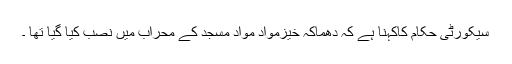
سیکورٹی حکام کاکہنا ہے کہ دھماکہ خیزمواد مواد مسجد کے محراب میں نصب کیا گیا تھا ۔